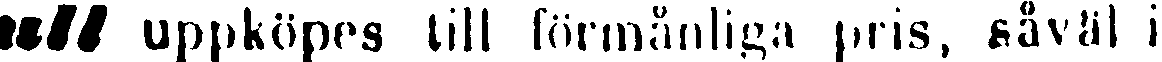
all uppköpes till förmånliga pris, såväl i